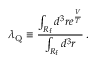
\lambda _ { \mathrm { Q } } \equiv \frac { \int _ { R _ { \mathrm { f } } } d ^ { 3 } r e ^ { \frac V { T } } } { \int _ { R _ { \mathrm { f } } } d ^ { 3 } r } \, .